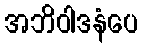
အဘိဝါဒနံပေ